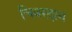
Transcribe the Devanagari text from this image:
चिवरदान